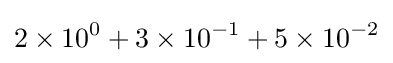
2\times 10^{0}+3\times 10^{-1}+5\times 10^{-2}